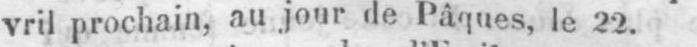
vril prochain, au jour de Pâques, le 22.